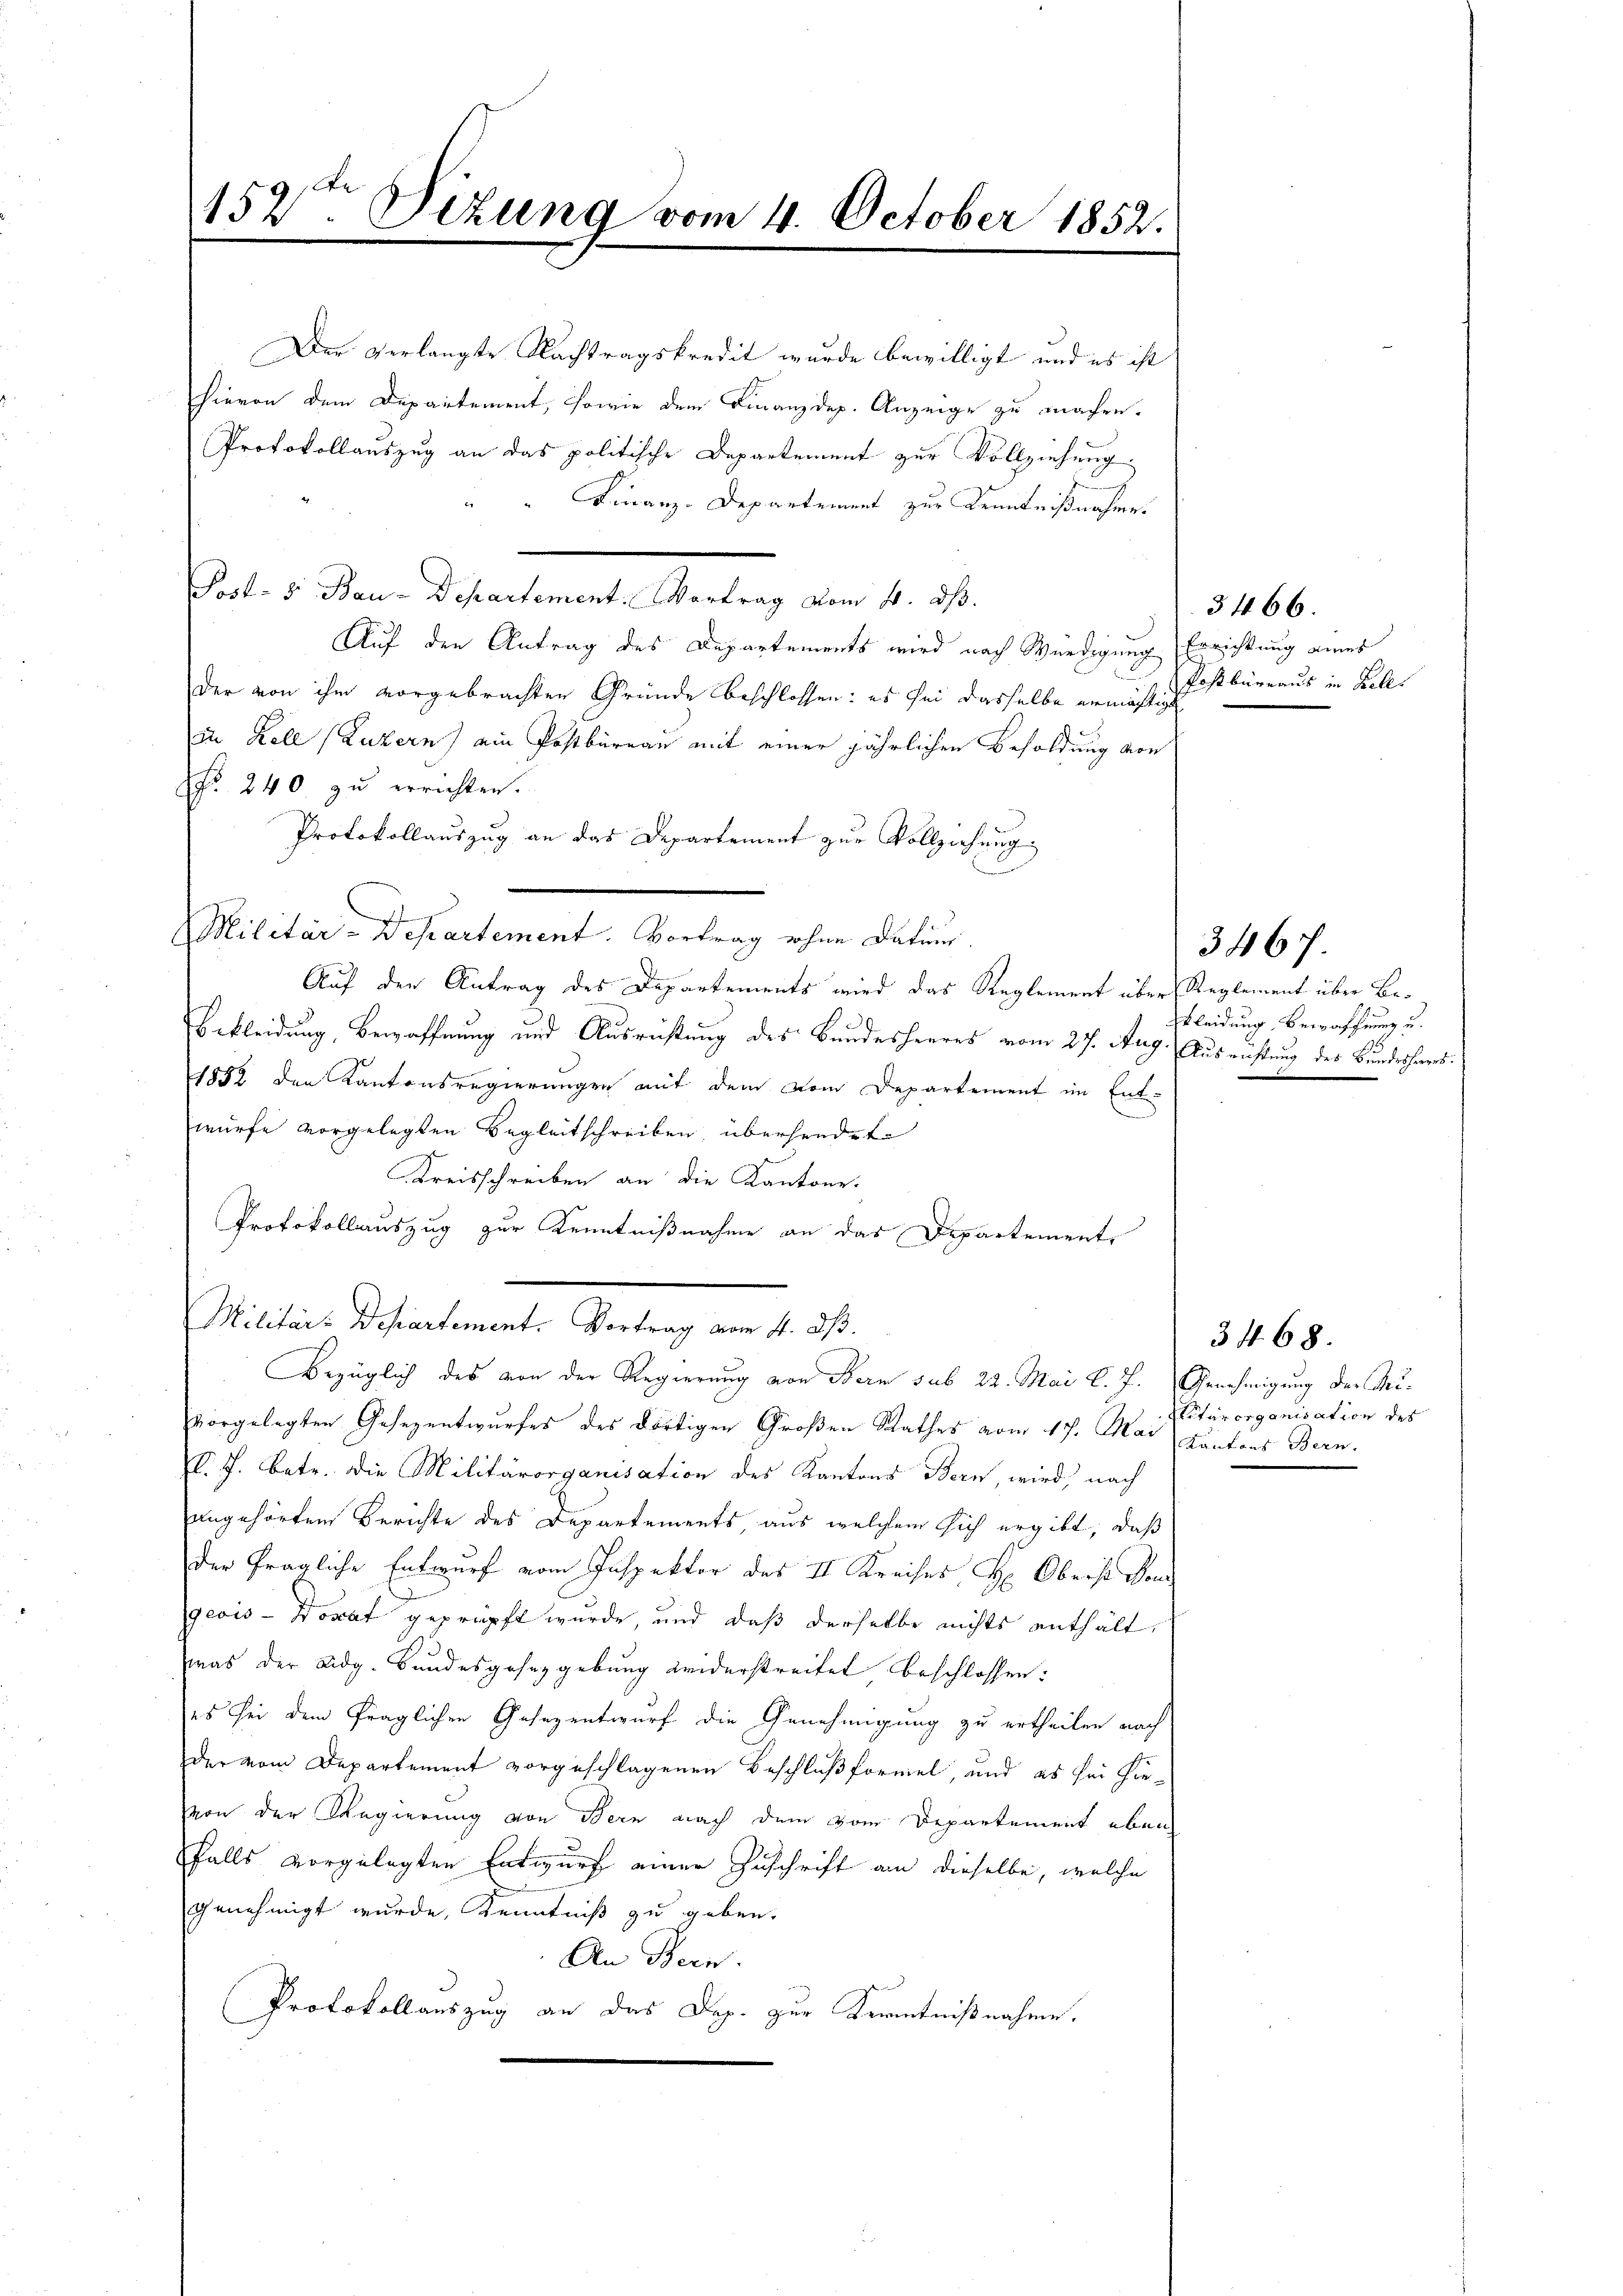
152ten Sizung vom 4. October 1852.
e

Der verlangte Nachtragskredit wurde bewilligt und es ist
hievon dem Departement, sowie dem Finanzdep. Anzeige zu machen.
Protokollauszug an das politische Departement zur Vollziehung.
Finanz-Departement zur Kenntnißnahmes
Post- & Bau-Departement. Vortrag vom 4. ds.
Auf den Antrag des Departements wird nach Würdigung Errichtung eines
Der von ihm vorgebrachten Gründe beschlossen: es sei dasselbe ermächtigt
in Kell (Luzern) ein Postbüreau mit einer jährlichen Besoldung von
No. 240. zu errichten.
Protokollauszug an das Departement zur Vollziehung
Militär-Departement. Vortrag ohne Datum.
Auf den Antrag des Departements wird das Reglement über Reglement über Be¬
Bekleidung, Bewaffnung und Ausrichtung des Bundesheeres vom 27. Aug. Ausrichtung des Bundeshaus¬
1852 den Kantonsregierungen mit dem vom Departement im Entwürfe vorgelegten Begleitschreiben, übersendete
Kreisschreiben an die Kantone.
Protokollauszug zur Kenntnißnahme an das Departement,
Militär: Departement. Vortrag vom 4. ds.
Bezüglich des von der Regierung von Bern sub 22. Mai l. J. Genehmigung der Reivorgelegten Gesezentwurfes des dortigen Großen Rathes vom 17. Mai, Kantons Bern.
C. J. betr. die Militärorganisation des Kantons Bern, wird, nach
angehörten Berichte des Departements aus welchem sich ergibt, daß
der fragliche Entwurf vom Inspektor des II Kreises H: Oberst vom
geois - Donat geprüpft wurde, und daß derselbe nichts enthält,
was der Eidg. Bundesgesezgebung widerstreitet beschlossen:
es sei dem fraglichen Gesezentwurf die Genehmigung zu ertheilen nach
der vom Departement vorgeschlagenen Beschluß formel, und es sei hievon der Regierung von Bern nach dem vom Departement eben
falls vorgelegten Entwurf einer Zuschrift an dieselbe, welche
genehmigt wurde, Kenntniß zu geben.
An Bern.
Protokollauszug an das Dep. zur Kenntnißnahme.

Postbüreaus in Kelle

3466.

kleidung Bewaffnung u.

3467.

Sitärorganisation des

3468.